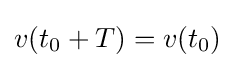
v(t_{0}+T)=v(t_{0})